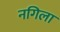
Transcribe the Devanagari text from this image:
नगिला